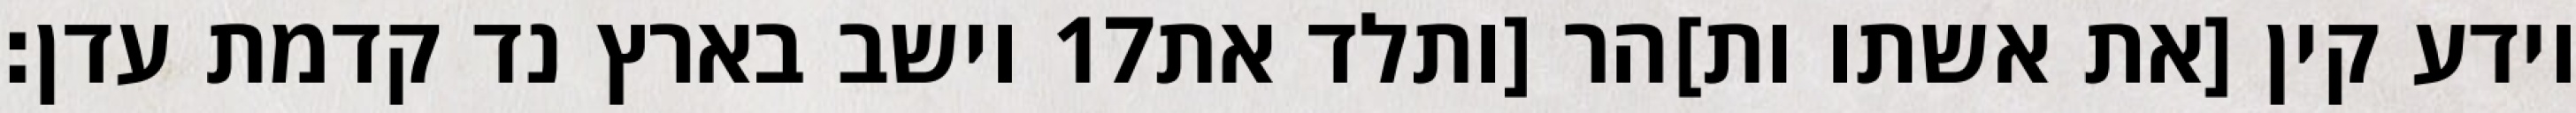
וישב בארץ נד קדמת עדן׃ ‎17‏ וידע קין [את אשתו ות]הר [ותלד את